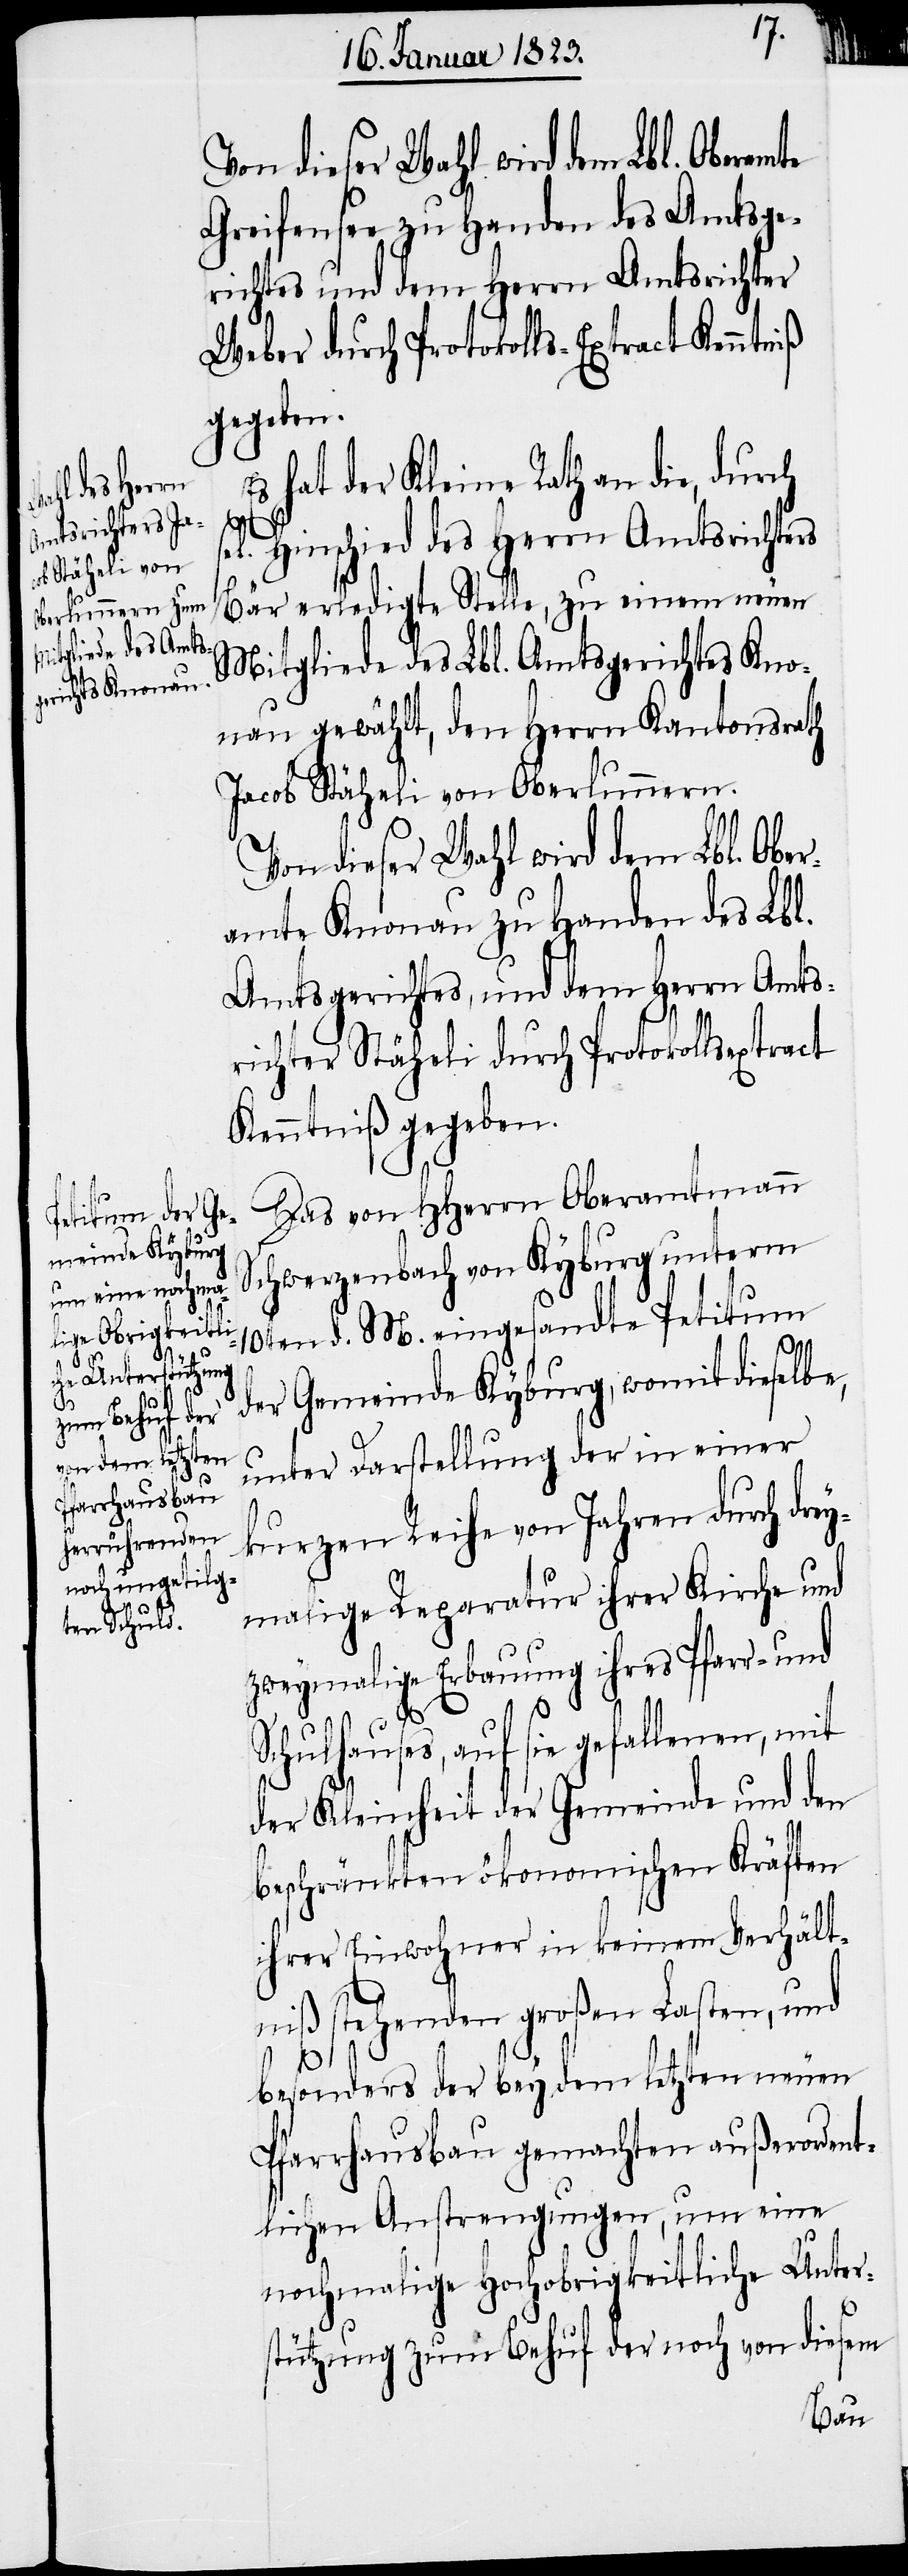
Von dieser Wahl wird dem Lbl. Oberam¬
Greifensee zu Handen des Amtsge¬
richtes und dem Herrn Amtsrichter
Weber durch Protokolls-Extract Kenntniß
gegeben.
Es hat der Kleine Rath an die, durch
el. Hinschied des Herrn Amtsrichters
Bär erledigte Stelle, zu einem neuen
Mitgliede des Lbl. Amtsgerichtes Kno¬
nau gewählt, den Herrn Kantonsrath
Jacob Stäheli von Oberlunnern.
Von dieser Wahl wird dem Lbl. Ober¬
amte Knonau zu Handen des Lbl.
Amtsgerichtes, und dem Herrn Amts¬
richter Stäheli durch Protokollsextract
Kenntniß gegeben.
Das von HHerrn Oberamtmann
Schwerzenbach von Kyburg unterm
10ten d. M. eingesandte Petitum
der Gemeinde Kyburg, womit dieselbe,
unter Darstellung der in einer
kurzen Reihe von Jahren durch dre¬
ymalige Reparatur ihrer Kirche und
zweymalige Erbauung ihres Pfarr- und
s¬
Schulhauses, auf sie gefallenen, mit
der Kleinheit der Gemeinde und den
beschränkten ökonomischen Kräften
ihrer Einwohner in keinem Verhält¬
niß stehenden großen Lasten, und
besonders der bey dem letzten neuen
Pfarrhausbau gemachten außerordent¬
lichen Anstrengungen, um eine
nochmalige Hochobrigkeitliche Unter¬
stützung zum Behuf der noch von diesem